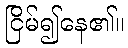
ငြိမ်၍နေ၏။